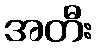
အတီး